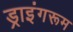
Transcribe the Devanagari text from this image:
ड्राइंगरूम